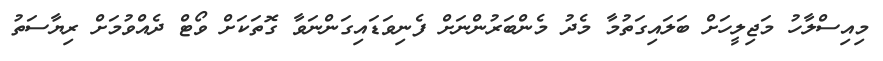
މިއިސްލާހު މަޖިލީހަށް ބަލައިގަތުމާ މެދު މެންބަރުންނަށް ފެނިވަޑައިގަންނަވާ ގޮތަކަށް ވޯޓް ދެއްވުމަށް ރިޔާސަތު